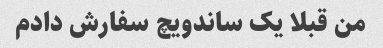
من قبلا یک ساندویچ سفارش دادم